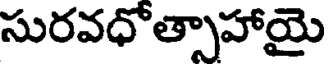
సురవధోత్సాహాయై